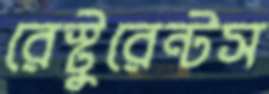
রেস্টুরেন্টস